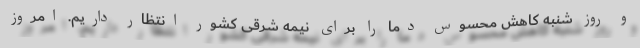
و روز شنبه کاهش محسوس دما را برای نیمه شرقی کشور انتظار داریم. امروز